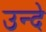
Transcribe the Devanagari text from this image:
उन्दे